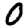
Digit: 0